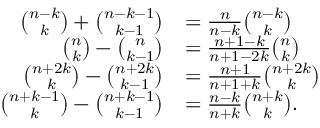
{ \begin{array} { r l } { { \binom { n - k } { k } } + { \binom { n - k - 1 } { k - 1 } } } & { = { \frac { n } { n - k } } { \binom { n - k } { k } } } \\ { { \binom { n } { k } } - { \binom { n } { k - 1 } } } & { = { \frac { n + 1 - k } { n + 1 - 2 k } } { \binom { n } { k } } } \\ { { \binom { n + 2 k } { k } } - { \binom { n + 2 k } { k - 1 } } } & { = { \frac { n + 1 } { n + 1 + k } } { \binom { n + 2 k } { k } } } \\ { { \binom { n + k - 1 } { k } } - { \binom { n + k - 1 } { k - 1 } } } & { = { \frac { n - k } { n + k } } { \binom { n + k } { k } } . } \end{array} }